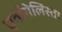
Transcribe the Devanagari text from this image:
एवांगेलिस्ता